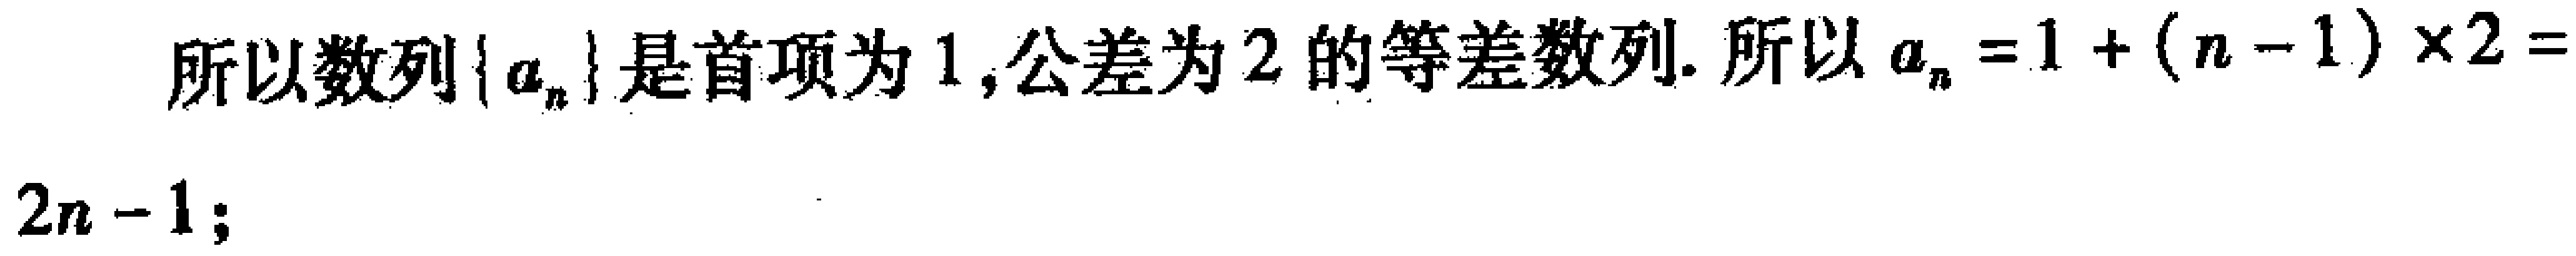
所以数列\(\{a_{n}\}\)是首项为\(1\),公差为\(2\)的等差数列. 所以\(a_{n}=1+(n - 1)\times2 = 2n - 1;\)